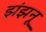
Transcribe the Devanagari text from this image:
झंझनू